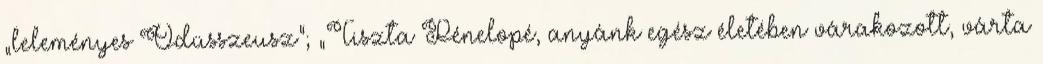
„leleményes Odüsszeusz"; „Tiszta Pénelopé, anyánk egész életében várakozott, várta